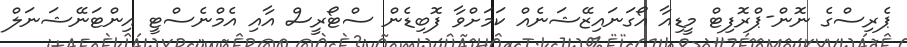
ޕެރިސްގެ ނޮން-ޕްރޮފިޓް މީޑިއާ އޯގަނައިޒޭޝަނެއް ކަމަށްވާ ފޮބިޑެން ސްޓޯރީސް އާއި އެމްނެސްޓީ އިންޓަނޭޝަނަލް